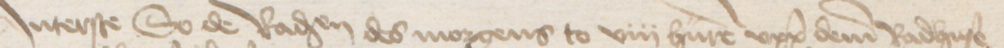
Jnterste so de Radsendeboden des morgens to viii hure vppe deme Radhuse